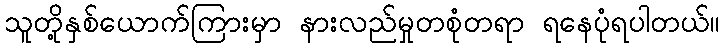
သူတို့နှစ်ယောက်ကြားမှာ နားလည်မှုတစုံတရာ ရနေပုံရပါတယ်။